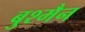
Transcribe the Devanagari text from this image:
बुश्मैन